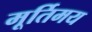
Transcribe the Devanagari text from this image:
मूर्तिमय